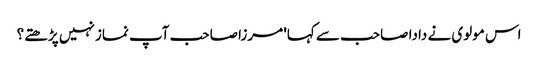
اس مولوی نے دادا صاحب سے کہا' مرزا صاحب آپ نماز نہیں پڑھتے؟